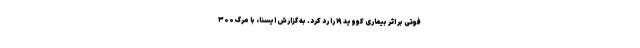
فوتی بر اثر بیماری کووید ۱۹ را رد کرد. به گزارش ایسنا، با مرگ ۳۰۰